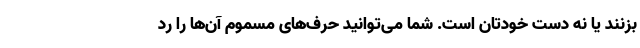
بزنند یا نه دست خودتان است. شما می‌توانید حرف‌های مسموم آن‌ها را رد